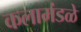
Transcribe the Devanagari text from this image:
कलामंडळे